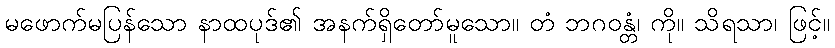
မဖောက်မပြန်သော နာထပုဒ်၏ အနက်ရှိတော်မူသော။ တံ ဘဂဝန္တံ၊ ကို။ သိရသာ၊ ဖြင့်။